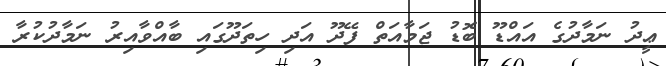
ޢީދު ނަމާދުގެ އައްޑޫ ބޮޑު ޖަމާއަތް ފޭދޫ އަދި ހިތަދޫގައި ބާއްވާއިރު ނަމާދުކުރާ